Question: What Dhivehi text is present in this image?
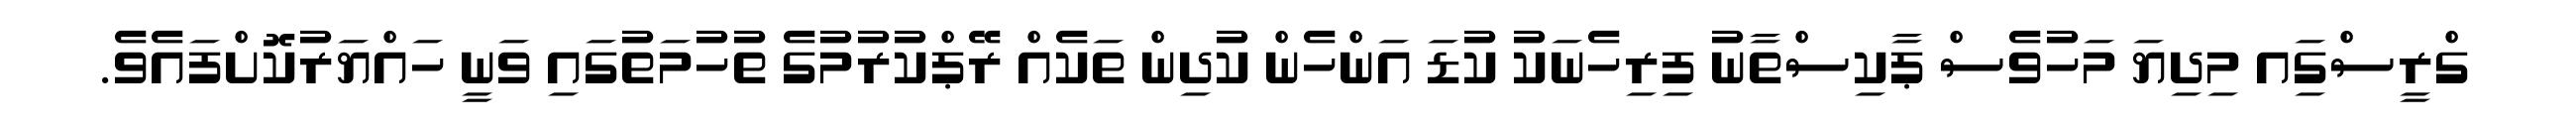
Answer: ގްރީސްގަިއ މިދިޔަ މަހުވެސް ޕާކިސްތާނު ފިރިހެނަކު ކުޑަ އަންހެން ކުދިން ތަކެއް ރޭޕްކުރުމުގެ ތުހުމަތުގައި ވަނީ ހައްޔަރުކޮށްފައެވެ.